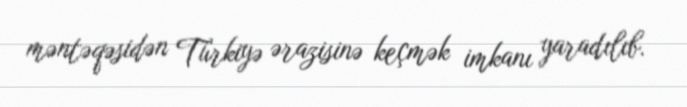
məntəqəsidən Türkiyə ərazisinə keçmək imkanı yaradılıb.